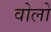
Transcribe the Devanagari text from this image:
वोलो